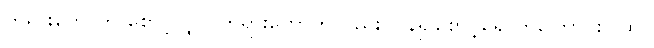
တရားတော်ကို စောင့်လျှင် တရားတော်ကလည်း ပြန်၍စောင့်ရှောက်ကြောင်းဂါထာ